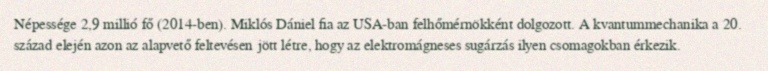
Népessége 2,9 millió fő (2014-ben). Miklós Dániel fia az USA-ban felhőmérnökként dolgozott. A kvantummechanika a 20. század elején azon az alapvető feltevésen jött létre, hogy az elektromágneses sugárzás ilyen csomagokban érkezik.